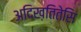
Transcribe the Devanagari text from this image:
अदिख़तितेसि